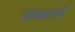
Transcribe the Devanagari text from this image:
फेक्टर्स